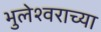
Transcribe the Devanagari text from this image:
भुलेश्वराच्या